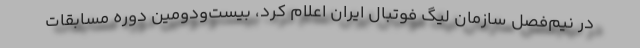
در نیم‌فصل سازمان لیگ فوتبال ایران اعلام کرد، بیست‌ودومین دوره مسابقات